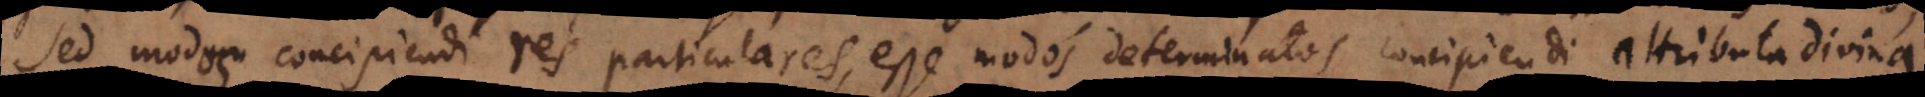
modum modos concipiendi res particulares, esse modos determinatos concipiendi attributa divina.